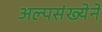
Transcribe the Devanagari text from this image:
अल्पसंख्येने